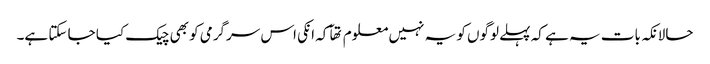
حالانکہ بات یہ ہے کہ پہلے لوگوں کو یہ نہیں معلوم تھآ کہ انکی اس سرگرمی کو بھی چیک کیا جا سکتا ہے۔